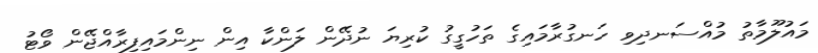
މައުލޫމާތު މުއްސަނދިވި ހަނގުރާމައިގެ ތަހުގީގު ކުރިޔަ ނުދޭން ލަންކާ އިން ނިންމައިފިރާއްޖޭން ވޯޓު